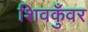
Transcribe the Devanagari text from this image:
शिवकुँवर